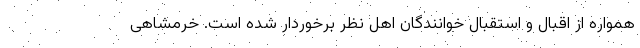
همواره از اقبال و استقبال خوانندگان اهل نظر برخوردار شده است. خرمشاهی